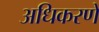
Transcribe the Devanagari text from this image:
अधिकरणें